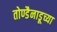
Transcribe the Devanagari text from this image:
तोण्डैनाडूच्या